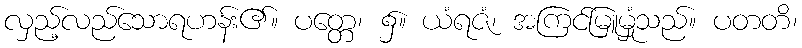
လှည့်လည်သောရဟန်း၏။ ပတ္တေ၊ ၌။ ယံရဇံ၊ အကြင်မြူမှုံသည်။ ပတတိ၊